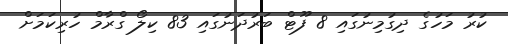
ކުރު މަހުގެ ދިގުމިނުގައި 8 ފޫޓް ބަރުދަނުގައި 83 ކިލޯ ގްރާމް ހުރިކަމަށް